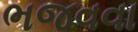
ભજવવા